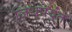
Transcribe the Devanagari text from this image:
जिथपर्यंत